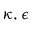
\kappa , \epsilon